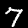
Digit: 7